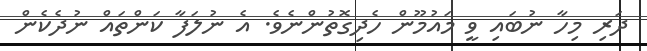
ދަރި މިހާ ނުބައި ވީ މައުމޫން ހެދިގޮތުންނެވެ. އެ ނުލަފާ ކަންތައް ނުދެކެން